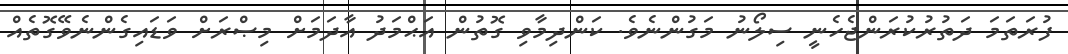
ފުރަތަމަ ދަތުރުކުރަންޖެހެނީ ސިލޯނު މަގުންނެވެ. ކަންދިމާވި ގޮތުން އަޙްމަދު އާދަމަށް މިޞްރަށް ވަޑައިގެންނެވޭގޮތެއް